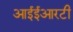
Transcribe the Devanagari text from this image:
आईईआरटी